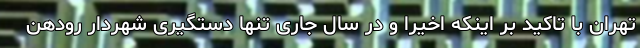
تهران با تاکید بر اینکه اخیرا و در سال جاری تنها دستگیری شهردار رودهن